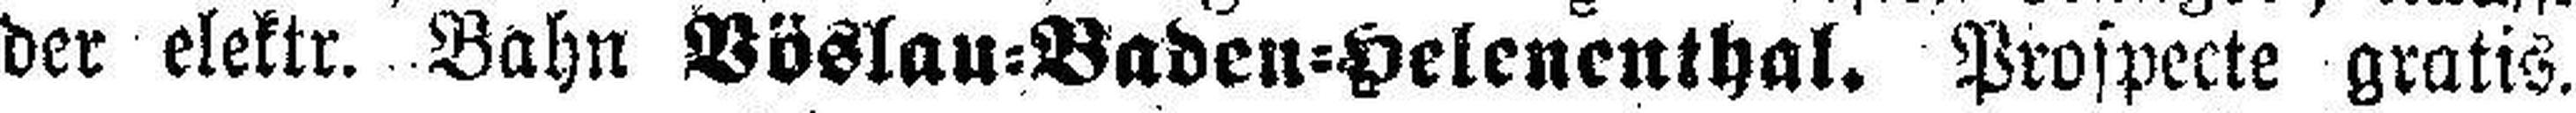
der elektr. Bahn Vöslau=Baden=Helenenthal. Prospecte gratis.